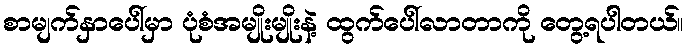
စာမျက်နှာပေါ်မှာ ပုံစံအမျိုးမျိုးနဲ့ ထွက်ပေါ်လာတာကို တွေ့ရပါတယ်။